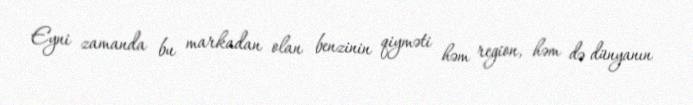
Eyni zamanda bu markadan olan benzinin qiyməti həm region, həm də dünyanın